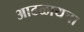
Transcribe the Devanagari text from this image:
आढळायचा